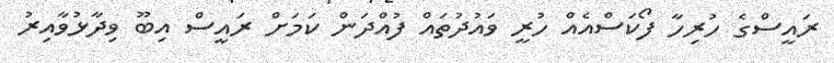
ރައީސްގެ ހުރިހާ ފޯކަސްއެއް ހުރީ ވައުދުތައް ފުއްދަން ކަމަށް ރައީސް އިބޫ ވިދާޅުވާއިރު